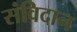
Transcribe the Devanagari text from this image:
संविदान